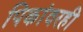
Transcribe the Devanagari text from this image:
पिकांवरही